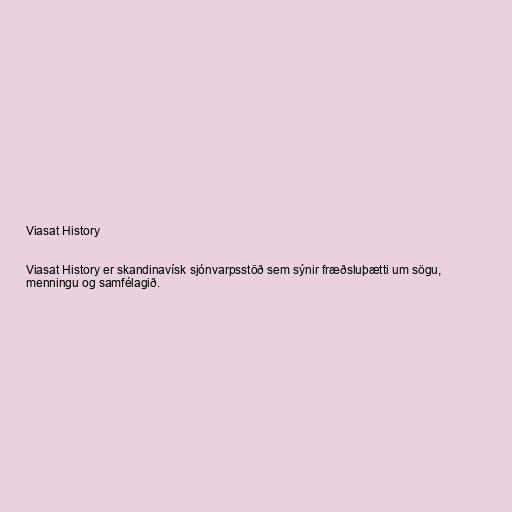
Viasat History

Viasat History er skandinavísk sjónvarpsstöð sem sýnir fræðsluþætti um sögu,
menningu og samfélagið.